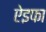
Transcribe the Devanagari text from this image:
ऐइफा